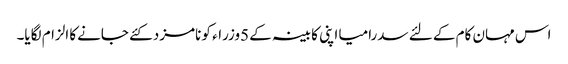
اس مہان کام کے لئے سدرامیا اپنی کابینہ کے 5وزراء کو نامزد کئے جانےکا الزام لگایا۔